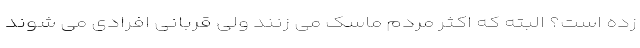
زده است؟ البته که اکثر مردم ماسک می زنند ولی قربانی افرادی می شوند